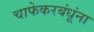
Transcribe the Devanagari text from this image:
चाफेकरबंधूंना